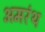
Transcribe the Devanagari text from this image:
अमरंथ